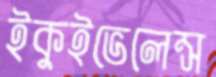
ইকুইভেলেন্স